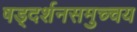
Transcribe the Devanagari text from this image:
षड्दर्शनसमुच्चय